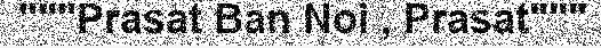
"""Prasat Ban Noi , Prasat"""